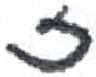
אות: ז